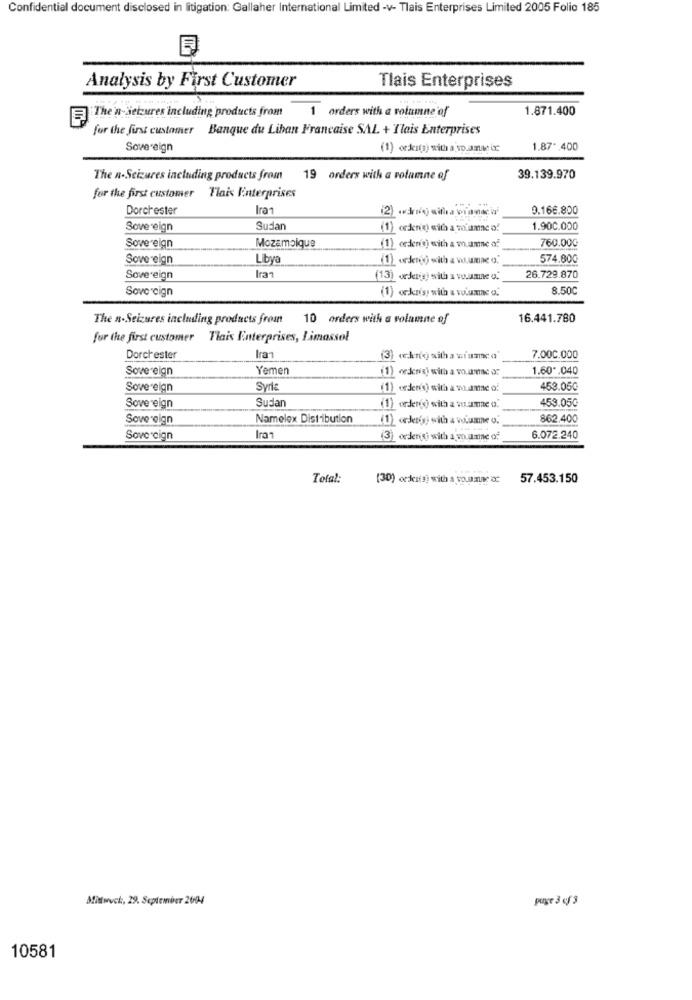
Confidential document disclosed in litigation: Gallaher International Limited -v- Tlais Enterprises Limited 2005 Folio 185
Analysis by First Customer
Tlais Enterprises
The'n-Seizures including products from 1 orders with a volumne of
1.871.400
for the first customer Banque du Liban Francaise SAL + Tlais Enterprises
Sovereign
(1) «ki(a) with a vo.ama ix
1.87" 400
The n-Seizures including products from 19 orders with a volumne of
39.139.970
for the first customer
Tlais Vinterprises
Dorchester
Iran
9.166.800
Sovereign
Sudan
(1) orderis) with a voiamac o!
1.900.000
760.000
Sovereign
Mozambique
(1) orderis) with a w.amne of
Sovereign
Libya
(1) orderdo with a wo.umae o.
574.800
Iran
Sovereign
(13) orderig) with a vu.une o.
26.729.870
Sovereign
(1) orkrisy with a volume o.
8.500
The n-Seizures including products from 10 orders with a volamne of
16.441.780
for the first customer Tlais Enterprises, Limassol
Iran
Dorchester
7.000.000
Sovereign
Yemen
(1) ordeni) with a vo.amae o:
1.60 *. 040
Sovereign
Svris
(1) orden(s) sità a vame o
453.050
Sudan
453.050
Sovereign
(1) order(s) with a vame o.
Sovereign
Namelex Distribution
(1) orJesig) with a volume o.
862.400
Sovereign
Iran
(3) ordens) with a w.umne of
6.072.240
Total:
(30) order(s) with a voumae oc
57.453.150
Mittwoch :, 29. September 2004
page 3 cf 3
10581